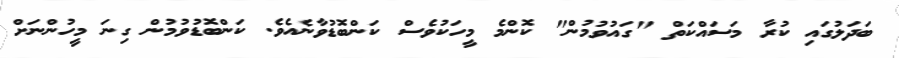
ބަދަލުގައި ކުރާ މަސައްކަތް "ގައުވުމުން" ކޮންމެ މީހަކުވެސް ކަންބޮޑުވާނެއެވެ. ކަންބޮޑުވުމުން ގިނަ މީހުންނަށް